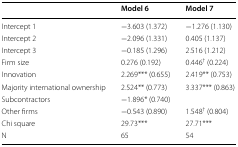
<table><thead><tr><td></td><td><b>Model 6</b></td><td><b>Model 7</b></td></tr></thead><tbody><tr><td>Intercept 1</td><td>−3.603 (1.372)</td><td>−1.276 (1.130)</td></tr><tr><td>Intercept 2</td><td>−2.096 (1.331)</td><td>0.405 (1.137)</td></tr><tr><td>Intercept 3</td><td>−0.185 (1.296)</td><td>2.516 (1.212)</td></tr><tr><td>Firm size</td><td>0.276 (0.192)</td><td>0.446<sup>†</sup> (0.224)</td></tr><tr><td>Innovation</td><td>2.269*** (0.655)</td><td>2.419** (0.753)</td></tr><tr><td>Majority international ownership</td><td>2.524** (0.773)</td><td>3.337*** (0.863)</td></tr><tr><td>Subcontractors</td><td>−1.896* (0.740)</td><td></td></tr><tr><td>Other firms</td><td>−0.543 (0.890)</td><td>1.548<sup>†</sup> (0.804)</td></tr><tr><td>Chi square</td><td>29.73***</td><td>27.71***</td></tr><tr><td>N</td><td>65</td><td>54</td></tr></tbody></table>